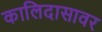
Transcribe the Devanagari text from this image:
कालिदासावर